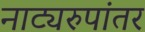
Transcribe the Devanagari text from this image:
नाट्यरुपांतर